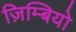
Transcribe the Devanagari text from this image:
ज़िम्बियो